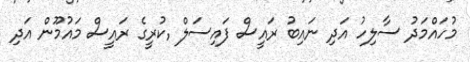
މުހައްމަދު ސާލިހު އަދި ނައިބު ރައީސް ފައިސަލް